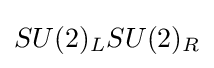
SU(2)_{L}SU(2)_{R}